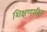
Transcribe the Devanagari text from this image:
शिक्षणरहित